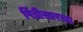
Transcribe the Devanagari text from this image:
पिंडीसारखा